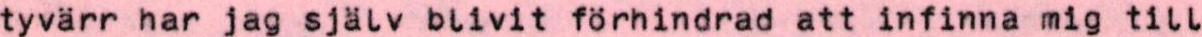
tyvärr har jag själv blivit förhindrad att infinna mig till